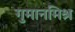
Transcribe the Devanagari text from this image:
गुमानमिश्र